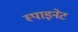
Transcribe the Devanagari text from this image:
स्पाइनेट